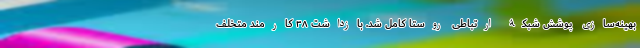
بهینه‌سازی پوشش شبکۀ ارتباطی روستا کامل شد. بازداشت ۳۸ کارمند متخلف